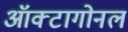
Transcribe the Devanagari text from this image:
ऑक्टागोनल